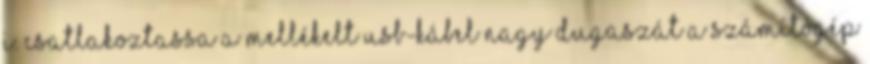
i. Csatlakoztassa a mellékelt USB-kábel nagy dugaszát a számítógép